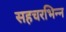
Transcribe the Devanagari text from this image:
सहचरभिन्न